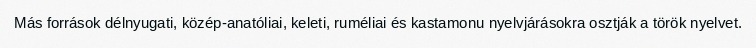
Más források délnyugati, közép-anatóliai, keleti, ruméliai és kastamonu nyelvjárásokra osztják a török nyelvet.